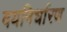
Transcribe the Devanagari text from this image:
वयनिर्धारण